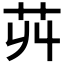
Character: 𦬥